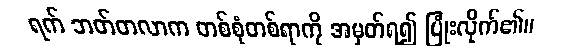
ရက် ဘတ်တလာက တစ်စုံတစ်ရာကို အမှတ်ရ၍ ပြုံးလိုက်၏။